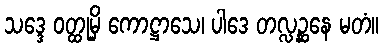
သဒ္ဒေ ဝတ္ထုမှိ ကောဋ္ဌာသေ၊ ပါဒေ တလ္လဉ္ဆနေ မတံ။